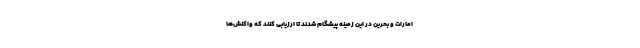
امارات و بحرین در این زمینه پیشگام شدند تا ارزیابی کنند که واکنش‌ها